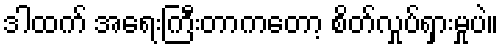
ဒါထက် အရေးကြီးတာကတော့ စိတ်လှုပ်ရှားမှုပဲ။